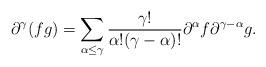
LaTeX: \begin{align*} \partial^{\gamma}(fg) = \sum_{\alpha \le \gamma} \frac{\gamma !} {\alpha ! (\gamma-\alpha)!} \partial^{\alpha} f \partial^{\gamma-\alpha} g. \end{align*}